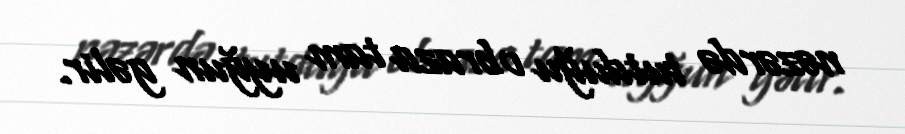
nəzərdə tutduğu obraza tam uyğun gəlir.